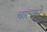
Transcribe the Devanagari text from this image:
चाल्को